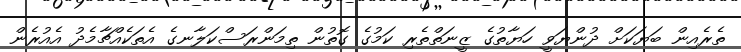
ތެރެއިން ބަޔަކަށް ދުންޔަވީ ހަޔާތުގެ ޒީނަތްތެރި ކަމުގެ ގޮތުން ތިމަންރަސްކަލާނގެ އެތަކެއްޗާމެދު އެއުރެން